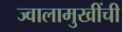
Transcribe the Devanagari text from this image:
ज्वालामुखींची